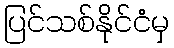
ပြင်သစ်နိုင်ငံမှ